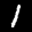
Label: 1